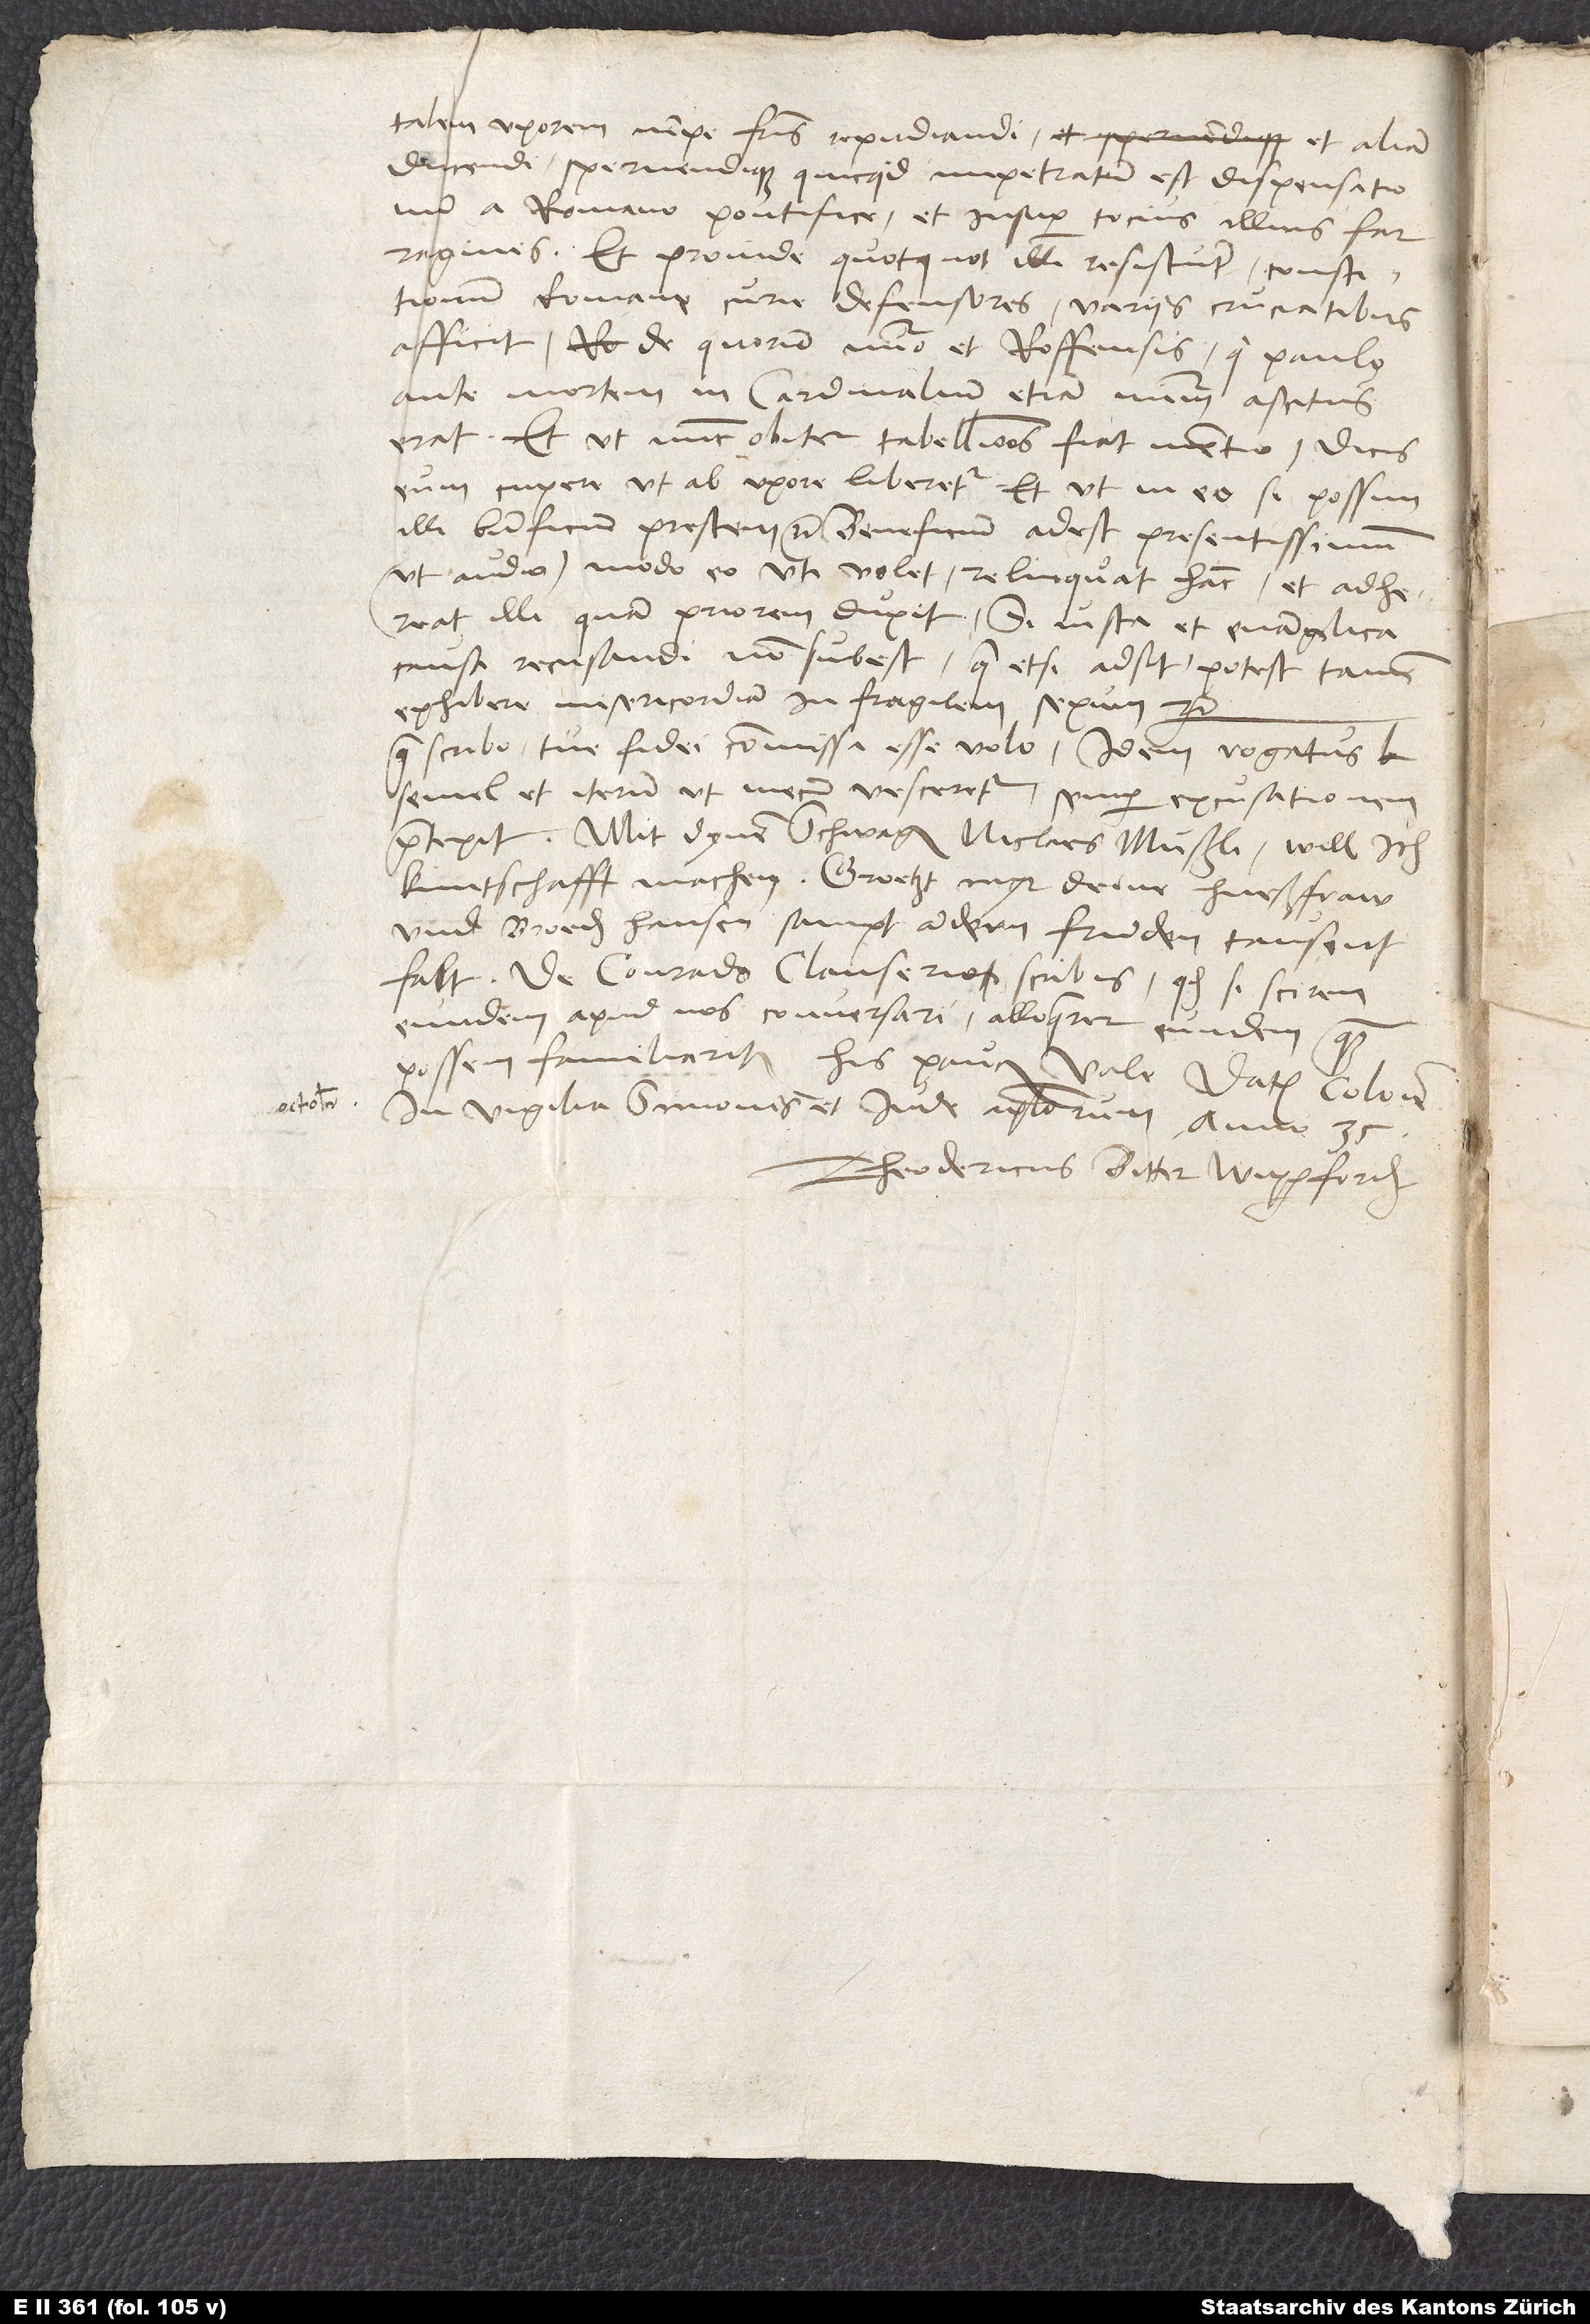
talem uxorem, nempe fratris, repudiandi et aliam
ducendi spernendique, quicquid impetratum est dispensationum
a Romano pontifice, et insuper tocius illius farraginis.
Et proinde quotquot illi resistunt constitutionum
Romane curie defensores, variis cruciatibus
afficit, de quorum numero et Roffensis, qui paulo
ante mortem in cardinalium etiam numerum ascitus
erat. Et ut nunc obiter tabellionis fiat mentio: Dicis
eum cupere, ut ab uxore liberetur et ut in eo, si possim,
illi beneficium prestem etc. Beneficium adest presentissimum
(ut audio), modo eo uti volet: Relinquat hanc et adhereat
illi, quam priorem duxit, si iusta et evangelica
causa recusandi non subest. Quae etsi adsit, potest tamen
exhibere misericordiam in fragilem sexum etc.
Quae scribo, tue fidei commissa esse volo. Idem rogatus
semel et iterum, ut mecum vesceretur, semper excusationem
praetexit. Mit dynem schwager Niclaes Mußli will ich
kuntschafft machen. Groetzt myr deine hueßfraw
und broeder Hansen sampt andern frunden tausentfalt.
De Conrado Clauserio scribis. Quodsi scirem
eundem apud nos conversari, alloquerer eundem quam
possemfamiliariter. His paucis vale. Datum Colonie,
in vigilia Simonis et Iude apostolorum anno 35.
Theodericus Bitter Wipperfordensis.